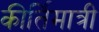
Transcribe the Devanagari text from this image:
कीर्तिमात्री